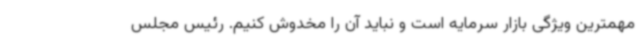
مهمترین ویژگی بازار سرمایه است و نباید آن را مخدوش کنیم. رئیس مجلس